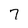
Character: 7